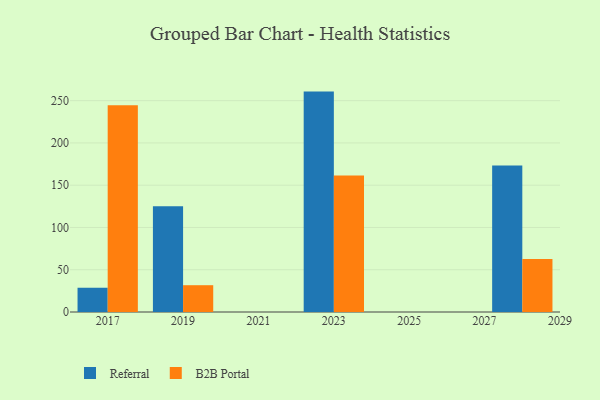
{"axis": {"x": "Year", "y": "LTV (USD)"}, "legend": ["B2B Portal", "Referral"], "data": [{"x": "2028", "y": 173.4, "type": "Referral"}, {"x": "2028", "y": 62.7, "type": "B2B Portal"}, {"x": "2017", "y": 28.7, "type": "Referral"}, {"x": "2017", "y": 244.7, "type": "B2B Portal"}, {"x": "2019", "y": 125.2, "type": "Referral"}, {"x": "2019", "y": 31.7, "type": "B2B Portal"}, {"x": "2023", "y": 260.7, "type": "Referral"}, {"x": "2023", "y": 161.5, "type": "B2B Portal"}]}